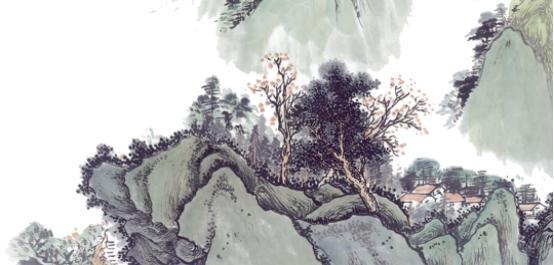
仍怜故乡水，万里送行舟。